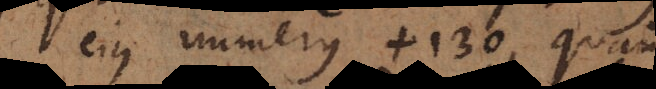
ejus numerus +130, quam